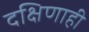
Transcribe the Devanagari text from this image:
दक्षिणाही